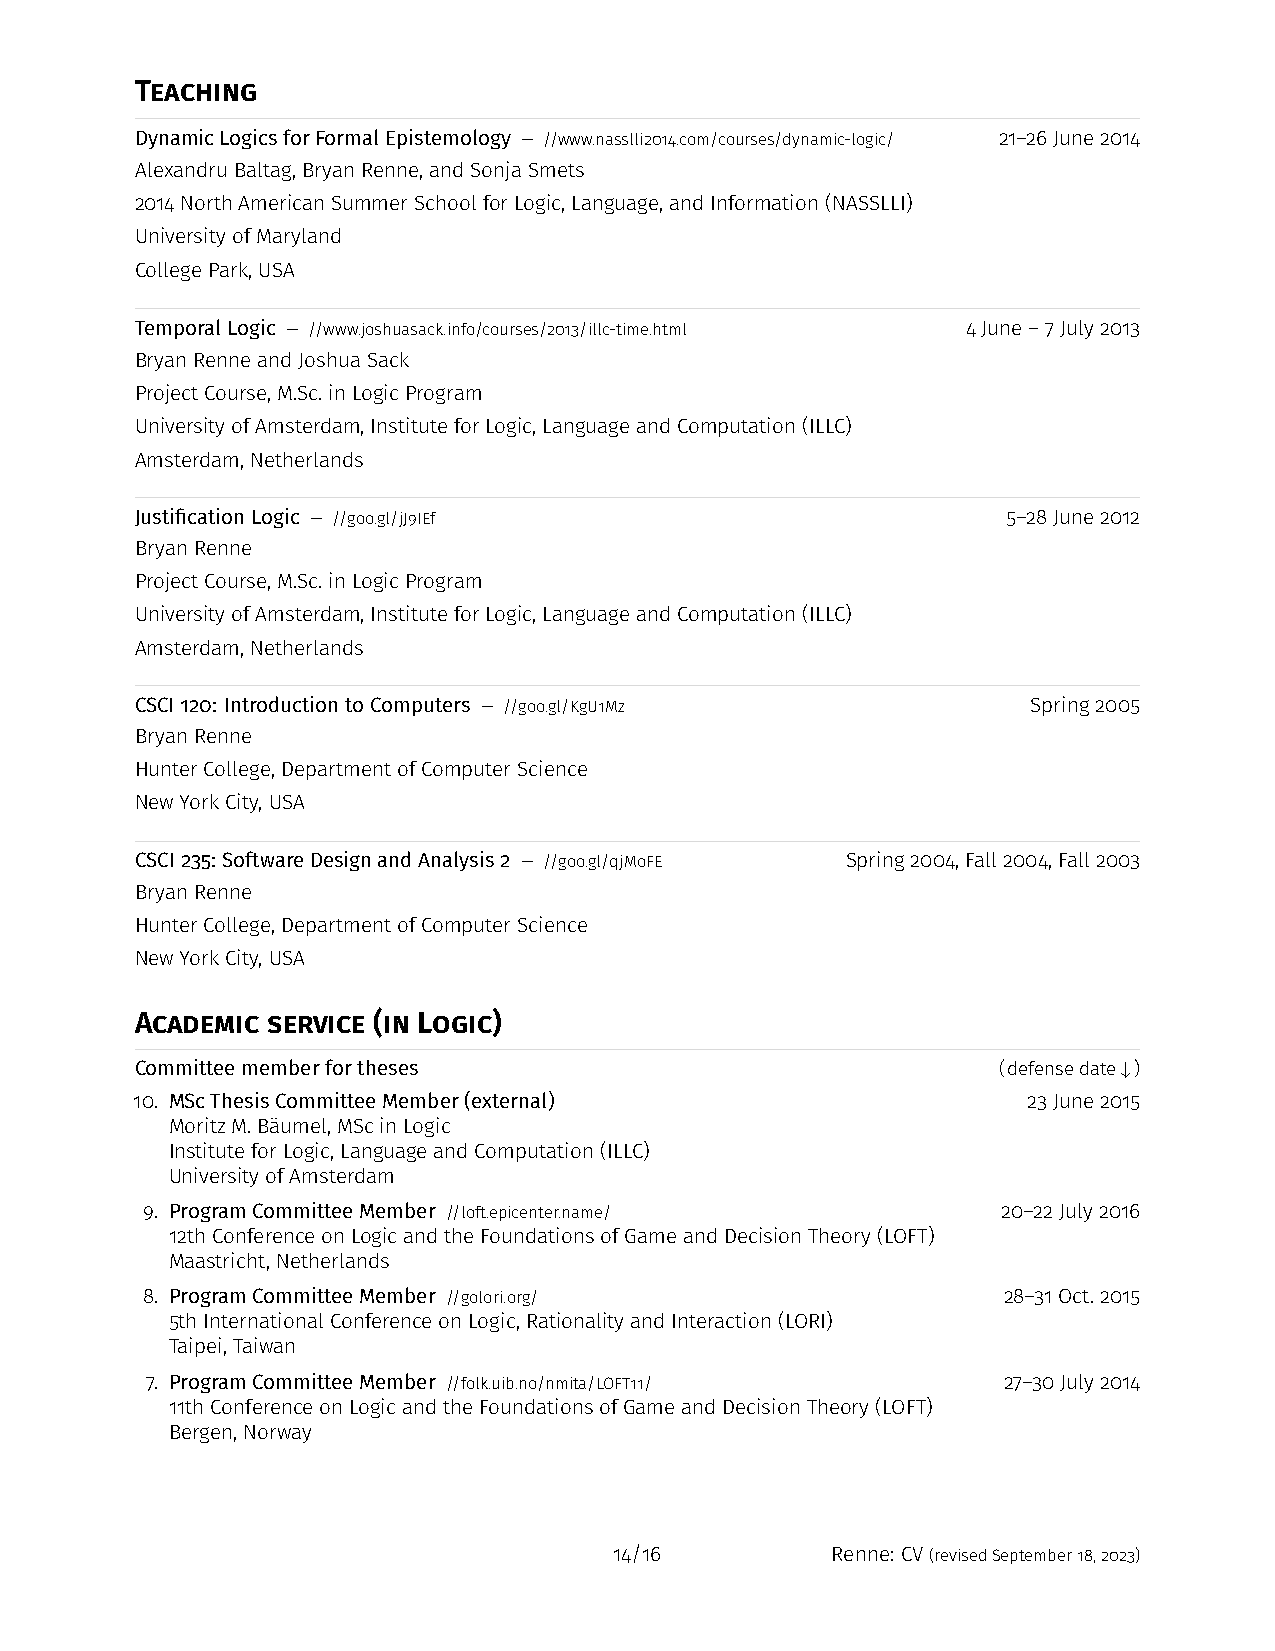
Teaching
 DynamicLogicsforFormalEpistemology — //www.nasslli2014.com/courses/dynamic-logic/ 21–26June2014
 AlexandruBaltag,BryanRenne,andSonjaSmets
 2014NorthAmericanSummerSchoolforLogic,Language,andInformation(NASSLLI)
 UniversityofMaryland
 CollegePark,USA
 TemporalLogic — //www.joshuasack.info/courses/2013/illc-time.html 4June–7July2013
 BryanRenneandJoshuaSack
 ProjectCourse,M.Sc.inLogicProgram
 UniversityofAmsterdam,InstituteforLogic,LanguageandComputation(ILLC)
 Amsterdam,Netherlands
 JustificationLogic — //goo.gl/jJ9IEf                      5–28June2012
 BryanRenne
 ProjectCourse,M.Sc.inLogicProgram
 UniversityofAmsterdam,InstituteforLogic,LanguageandComputation(ILLC)
 Amsterdam,Netherlands
 CSCI120: IntroductiontoComputers — //goo.gl/KgU1Mz         Spring2005
 BryanRenne
 HunterCollege,DepartmentofComputerScience
 NewYorkCity,USA
 CSCI235: SoftwareDesignandAnalysis2 — //goo.gl/qjMoFE Spring2004,Fall2004,Fall2003
 BryanRenne
 HunterCollege,DepartmentofComputerScience
 NewYorkCity,USA
 Academic service (in Logic)
 Committeememberfortheses                                 (defensedate↓)
 10. MScThesisCommitteeMember(external)                     23June2015
 MoritzM.Bäumel,MScinLogic
 InstituteforLogic,LanguageandComputation(ILLC)
 UniversityofAmsterdam
 9. ProgramCommitteeMember //loft.epicenter.name/         20–22July2016
 12thConferenceonLogicandtheFoundationsofGameandDecisionTheory(LOFT)
 Maastricht,Netherlands
 8. ProgramCommitteeMember //golori.org/                  28–31Oct.2015
 5thInternationalConferenceonLogic,RationalityandInteraction(LORI)
 Taipei,Taiwan
 7. ProgramCommitteeMember //folk.uib.no/nmita/LOFT11/   27–30July2014
 11thConferenceonLogicandtheFoundationsofGameandDecisionTheory(LOFT)
 Bergen,Norway
 14/16         Renne: CV(revisedSeptember18,2023)